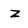
Character: Z